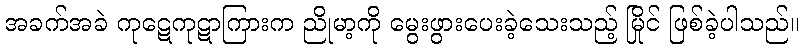
အခက်အခဲ ကုဋေကုဋာကြားက ညိုမာ့ကို မွေးဖွားပေးခဲ့သေးသည့် မြိုင် ဖြစ်ခဲ့ပါသည်။